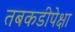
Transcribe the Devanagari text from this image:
तबकडीपेक्षा